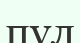
пұл